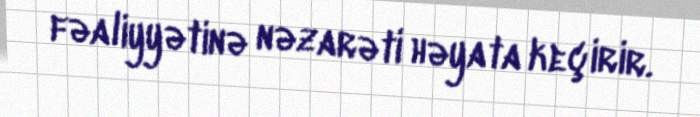
fəaliyyətinə nəzarəti həyata keçirir.